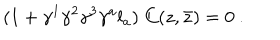
( 1 + \gamma ^ { 1 } \gamma ^ { 2 } \gamma ^ { 3 } \gamma ^ { a } l _ { a } ) \; C ( z , \bar { z } ) = 0 \ .